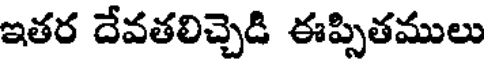
ఇతర దేవతలిచ్చెడి ఈప్పితములు